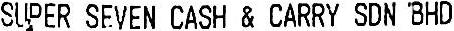
SUPER SEVEN CASH & CARRY SDN BHD